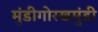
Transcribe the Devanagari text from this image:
मुंडीगोरखमुंडी